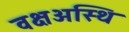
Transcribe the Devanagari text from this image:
वक्षअस्थि